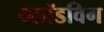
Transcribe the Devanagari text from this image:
क्लॉडविग